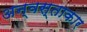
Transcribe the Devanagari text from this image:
अन्वस्ताकार